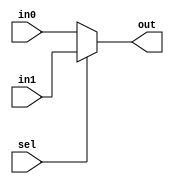
`timescale 1ns/1ps

module Mux2to1(in1, in0,sel,out);
    input [31:0]in1,in0;
    input [0:0]sel;
    output [31:0] out;
    
    
    assign out = sel? in1:in0; 
endmodule